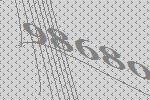
98680